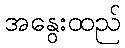
အနွေးထည်